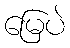
မြေပဲ